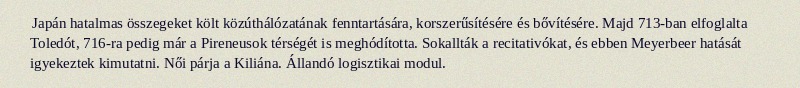
Japán hatalmas összegeket költ közúthálózatának fenntartására, korszerűsítésére és bővítésére. Majd 713-ban elfoglalta Toledót, 716-ra pedig már a Pireneusok térségét is meghódította. Sokallták a recitativókat, és ebben Meyerbeer hatását igyekeztek kimutatni. Női párja a Kiliána. Állandó logisztikai modul.